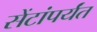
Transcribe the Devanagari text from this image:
सेंटांपर्यंत